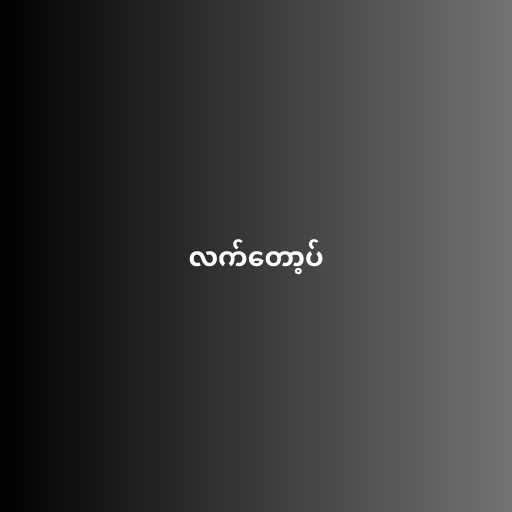
လက်တော့ပ်